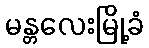
မန္တလေးမြို့ခံ